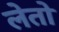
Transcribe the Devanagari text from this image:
लेतो